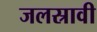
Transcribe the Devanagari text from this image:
जलस्रावी